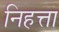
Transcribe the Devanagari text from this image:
निहत्ता